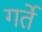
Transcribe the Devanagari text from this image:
गर्ते